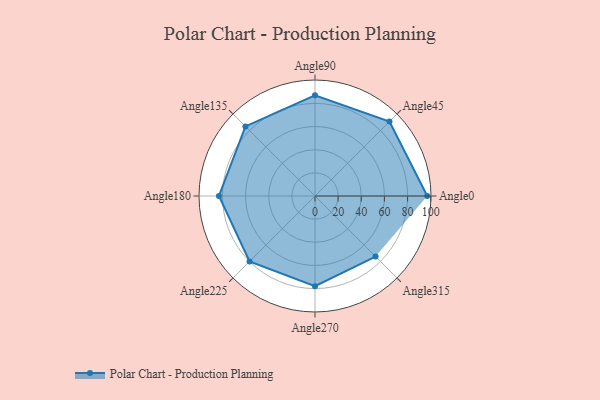
{"axis": {"x": "Angle", "y": "Radius"}, "legend": [""], "data": [{"x": "Angle0", "y": 97.0, "type": ""}, {"x": "Angle45", "y": 91.0, "type": ""}, {"x": "Angle90", "y": 87.0, "type": ""}, {"x": "Angle135", "y": 85.0, "type": ""}, {"x": "Angle180", "y": 83.0, "type": ""}, {"x": "Angle225", "y": 80.0, "type": ""}, {"x": "Angle270", "y": 78.0, "type": ""}, {"x": "Angle315", "y": 74.0, "type": ""}]}